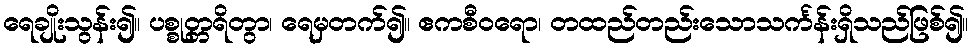
ရေချိုးသွန်း၍။ ပစ္စုတ္တရိတွာ၊ ရေမှတက်၍။ ဧကစီဝရော၊ တထည်တည်းသောသင်္ကန်းရှိသည်ဖြစ်၍။